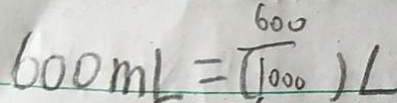
6 0 0 m L = \frac { 6 0 0 } { ( 1 0 0 0 ) } L